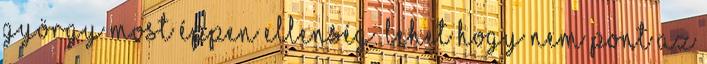
György most éppen ellenség. Lehet hogy nem pont az